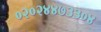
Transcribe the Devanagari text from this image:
०२०२४४७३३०४